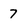
Character: 7